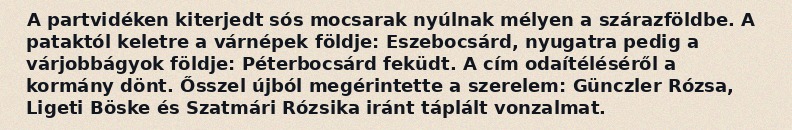
A partvidéken kiterjedt sós mocsarak nyúlnak mélyen a szárazföldbe. A pataktól keletre a várnépek földje: Eszebocsárd, nyugatra pedig a várjobbágyok földje: Péterbocsárd feküdt. A cím odaítéléséről a kormány dönt. Ősszel újból megérintette a szerelem: Günczler Rózsa, Ligeti Böske és Szatmári Rózsika iránt táplált vonzalmat.